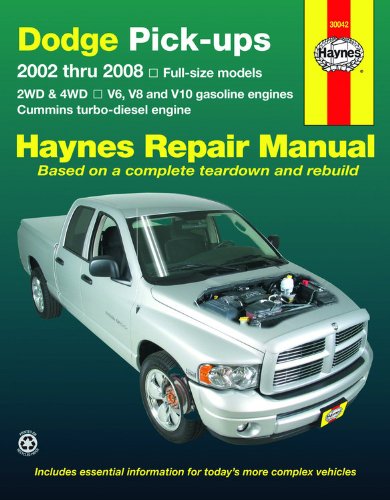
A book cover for Dodge Pick-ups: 2002 thru 2008 (Haynes Repair Manual); Max Haynes; Engineering & Transportation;